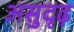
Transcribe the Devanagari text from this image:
असुदृढ़